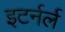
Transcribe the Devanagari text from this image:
इटर्नर्ल